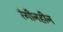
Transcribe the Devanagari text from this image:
रंगीनहीन